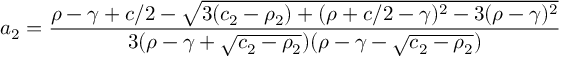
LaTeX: a _ { 2 } = \frac { \rho - \gamma + c / 2 - \sqrt { 3 ( c _ { 2 } - \rho _ { 2 } ) + ( \rho + c / 2 - \gamma ) ^ { 2 } - 3 ( \rho - \gamma ) ^ { 2 } } } { 3 ( \rho - \gamma + \sqrt { c _ { 2 } - \rho _ { 2 } } ) ( \rho - \gamma - \sqrt { c _ { 2 } - \rho _ { 2 } } ) }